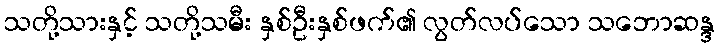
သတို့သားနှင့် သတို့သမီး နှစ်ဦးနှစ်ဖက်၏ လွတ်လပ်သော သဘောဆန္ဒ